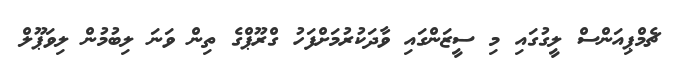
ޗެމްޕިއަންސް ލީގުގައި މި ސީޒަންގައި ވާދަކުރުމަށްފަހު ގްރޫޕްގެ ތިން ވަނަ ލިބުމުން ލިވަޕޫލް